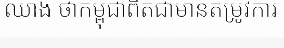
ឈាង ថាកម្ពុជាពិតជាមានតម្រូវការ